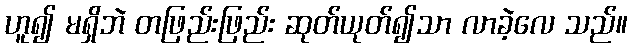
ဟူ၍ မရှိဘဲ တဖြည်းဖြည်း ဆုတ်ယုတ်၍သာ လာခဲ့လေ သည်။